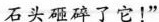
石头砸碎了它!”